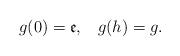
LaTeX: \begin{align*}g(0) = {\mathfrak e}, \; \; \; g(h) = g.\end{align*}